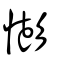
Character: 憉